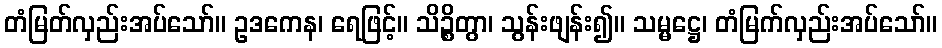
တံမြတ်လှည်းအပ်သော်။ ဥဒကေန၊ ရေဖြင့်။ သိဉ္စိတွာ၊ သွန်းဖျန်း၍။ သမ္မဋ္ဌေ၊ တံမြက်လှည်းအပ်သော်။